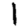
Digit: 1